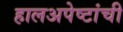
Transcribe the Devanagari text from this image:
हालअपेष्टांची